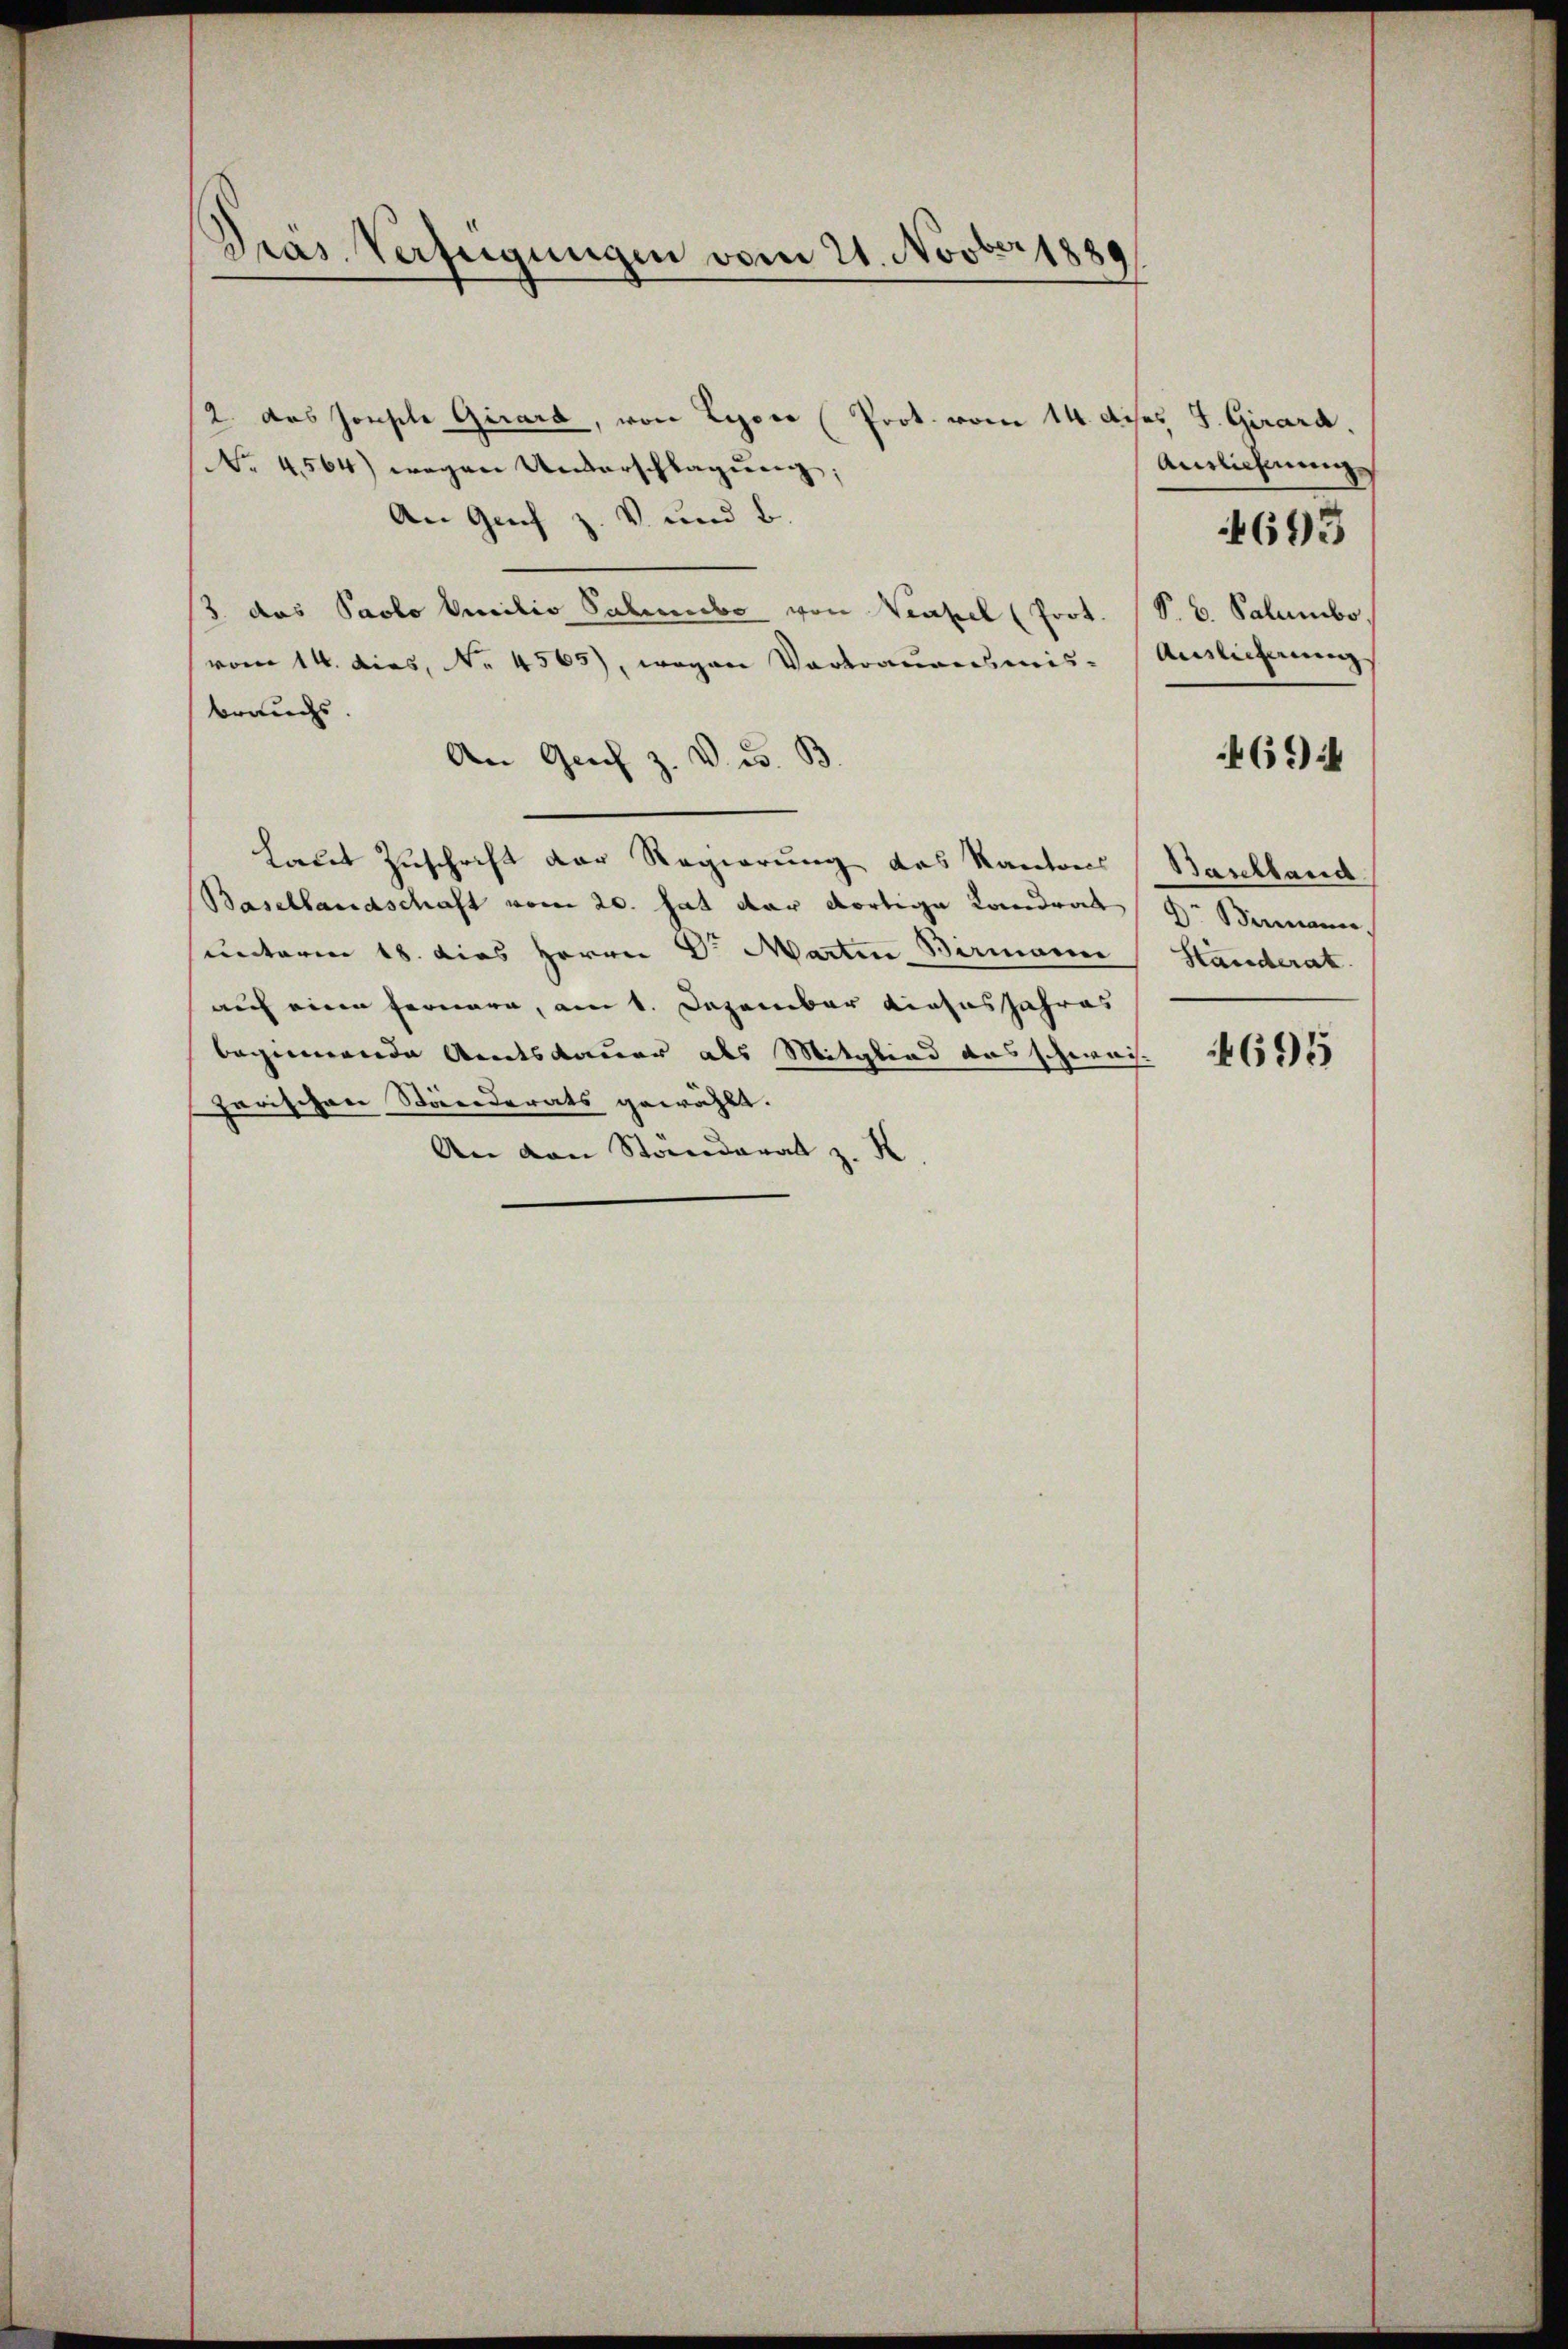
Prás Verfügungen vom 21. Novber 1889

2. das Jonsche Girard, von Lyoer (Prot. vom 14. dises S. Girard.
Nr. 4564) wegen Unterschlagung;
An Genf z. v. und b.
3 das Paolo Pecilio Saleriebe von Neapel (Prot.
vom 14. dies, No. 4565), wegen Vortrauensmis-
brauchs.
An Grich z. v. i. B.
Libet Zuschrift der Regierung des Kantons
Basellandschaft vom 20. hat der dortige Landrat
unteren 18. dies Herrn Dr. Martin Birmann
auf eine Fernere, am 1. Dezember dieses Jahres
beginnende Amtsdauer als Mitglied das schweis
garischen Störenderats gewählt.
An von Standerat z. K.

Auslicherung
P. C. Palumbo
Ainlicherung

4693

4694

Baselland
Dr Bermann,
Standerat

695